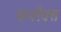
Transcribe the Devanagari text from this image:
कर्प्लंक्स